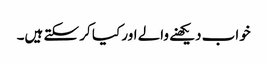
خواب دیکھنے والے اور کیا کر سکتے ہیں۔